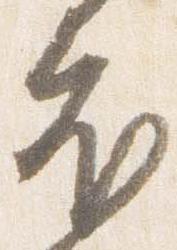
衣